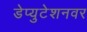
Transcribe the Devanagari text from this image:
डेप्युटेशनवर